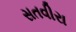
સતવીરા